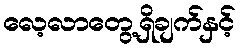
လေ့လာတွေ့ရှိချက်နှင့်